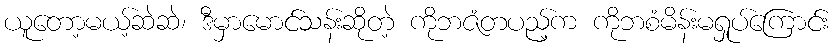
ယူတော့မယ့်ဆဲဆဲ၊ ဒီမှာမောင်သန်းဆိုတဲ့ ကိုဘဇံတပည့်က ကိုဘစံမိန်းမရှုပ်ကြောင်း